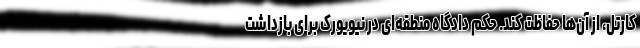
کارتل، از آن‌ها حفاظت کند. حکم دادگاه منطقه‌ای در نیویورک برای بازداشت